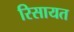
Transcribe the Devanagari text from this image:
रिसायत